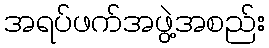
အရပ်ဖက်အဖွဲ့အစည်း